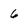
Character: 6